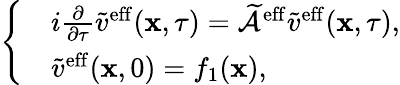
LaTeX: \left\{ \begin{array}{rl}&{i\frac{\partial}{\partial\tau}\tilde{v}^{\mathrm{eff}}(\mathbf{x},\tau)=\widetilde{\mathcal{A}}^{\mathrm{eff}}\tilde{v}^{\mathrm{eff}}(\mathbf{x},\tau),}\\ &{\tilde{v}^{\mathrm{eff}}(\mathbf{x},0)=f_{1}(\mathbf{x}),}\end{array}\right.